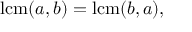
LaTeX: \operatorname { l c m } ( a , b ) = \operatorname { l c m } ( b , a ) ,